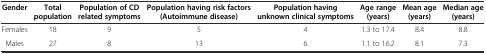
<table><thead><tr><td><b>Gender</b></td><td><b>Total population</b></td><td><b>Population of CD related symptoms</b></td><td><b>Population having risk factors (Autoimmune disease)</b></td><td><b>Population having unknown clinical symptoms</b></td><td><b>Age range (years)</b></td><td><b>Mean age (years)</b></td><td><b>Median age (years)</b></td></tr></thead><tbody><tr><td>Females</td><td>18</td><td>9</td><td>5</td><td>4</td><td>1.3 to 17.4</td><td>8.4</td><td>8.8</td></tr><tr><td>Males</td><td>27</td><td>8</td><td>13</td><td>6</td><td>1.1 to 16.2</td><td>8.1</td><td>7.3</td></tr></tbody></table>